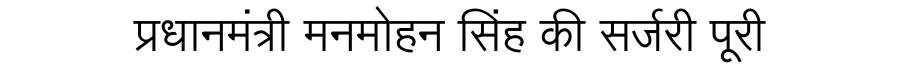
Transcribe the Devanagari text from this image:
प्रधानमंत्री मनमोहन सिंह की सर्जरी पूरी